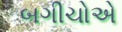
બગીચોએ